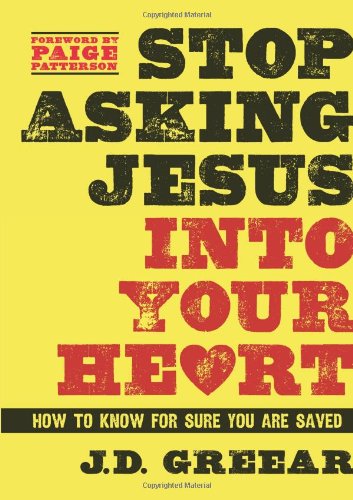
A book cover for Stop Asking Jesus Into Your Heart: How to Know for Sure You Are Saved; J.D. Greear; Christian Books & Bibles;